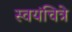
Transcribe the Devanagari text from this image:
स्वयंचित्रे